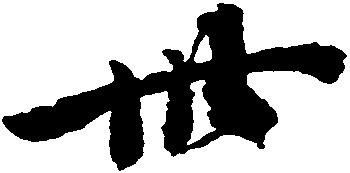
卅